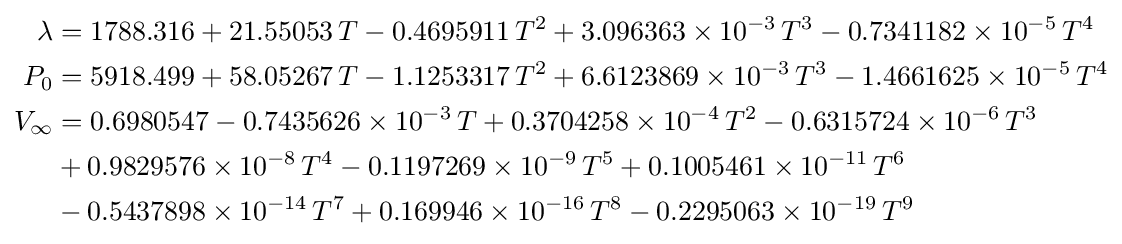
{\begin{aligned}\lambda &=1788.316+21.55053\,T-0.4695911\,T^{2}+3.096363\times 10^{-3}\,T^{3}-0.7341182\times 10^{-5}\,T^{4}\\P_{0}&=5918.499+58.05267\,T-1.1253317\,T^{2}+6.6123869\times 10^{-3}\,T^{3}-1.4661625\times 10^{-5}\,T^{4}\\V_{\infty }&=0.6980547-0.7435626\times 10^{-3}\,T+0.3704258\times 10^{-4}\,T^{2}-0.6315724\times 10^{-6}\,T^{3}\\&+0.9829576\times 10^{-8}\,T^{4}-0.1197269\times 10^{-9}\,T^{5}+0.1005461\times 10^{-11}\,T^{6}\\&-0.5437898\times 10^{-14}\,T^{7}+0.169946\times 10^{-16}\,T^{8}-0.2295063\times 10^{-19}\,T^{9}\end{aligned}}